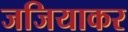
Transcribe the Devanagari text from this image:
जजियाकर